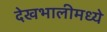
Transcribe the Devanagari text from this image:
देखभालीमध्ये